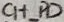
Text: CH_PD